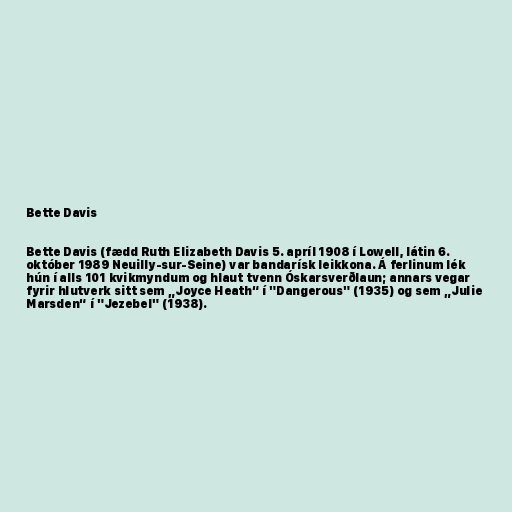
Bette Davis

Bette Davis (fædd Ruth Elizabeth Davis 5. apríl 1908 í Lowell, látin 6.
október 1989 Neuilly-sur-Seine) var bandarísk leikkona. Á ferlinum lék
hún í alls 101 kvikmyndum og hlaut tvenn Óskarsverðlaun; annars vegar
fyrir hlutverk sitt sem „Joyce Heath“ í "Dangerous" (1935) og sem „Julie
Marsden“ í "Jezebel" (1938).